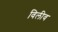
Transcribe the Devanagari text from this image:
विलीव